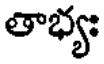
తాభ్యః